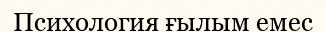
Психология ғылым емес